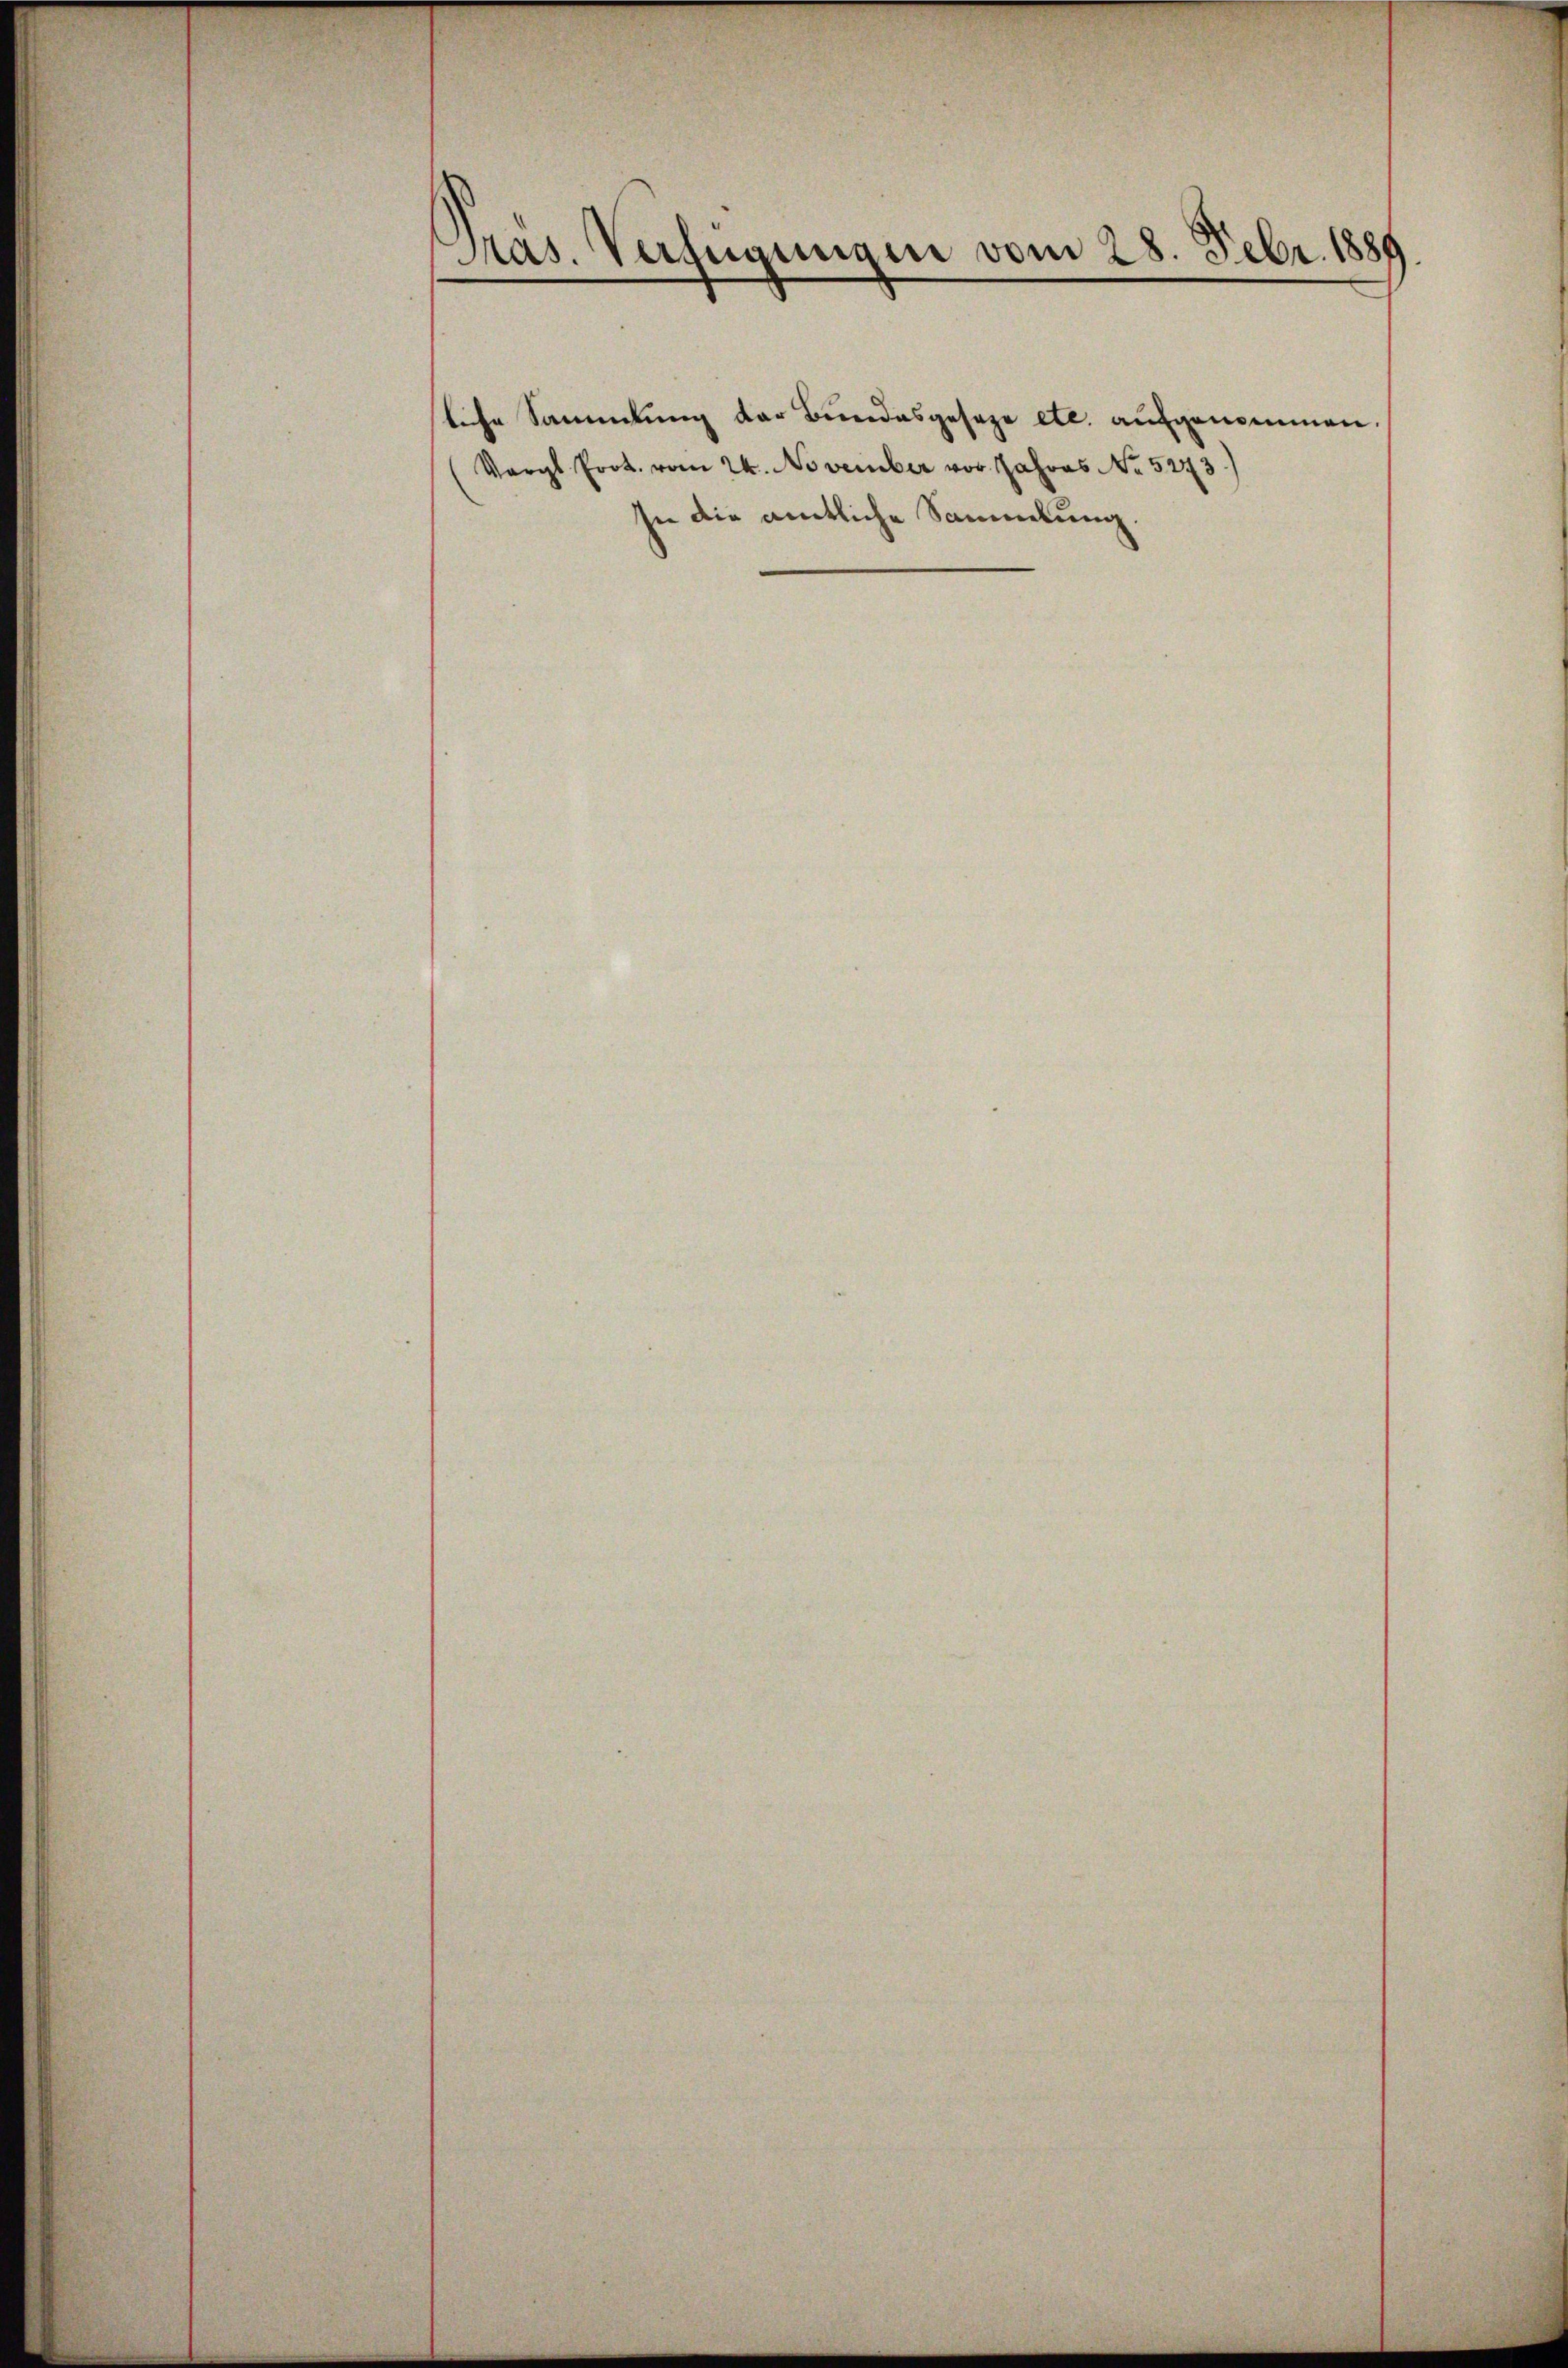
Präs. Verfügungen vom 28. Febr. 1889

liche Sammlung der Bundesgesage etc. aufgenommen
(Vergl. Prot. vom 24. November vor Jahres No. 5273
In die amtliche Sammlung.